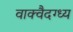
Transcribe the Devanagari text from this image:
वाक्वैदग्ध्य